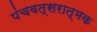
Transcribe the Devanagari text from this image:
पंचवत्सरात्मक